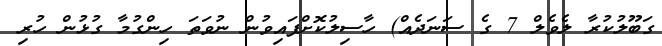
ގަބޫލުކުރާ ލެވެލް 7 ގެ ސަނަދެއް) ހާސިލުކޮށްފައިވުން ނުވަތަ ހިންގުމާ ގުޅުން ހުރި